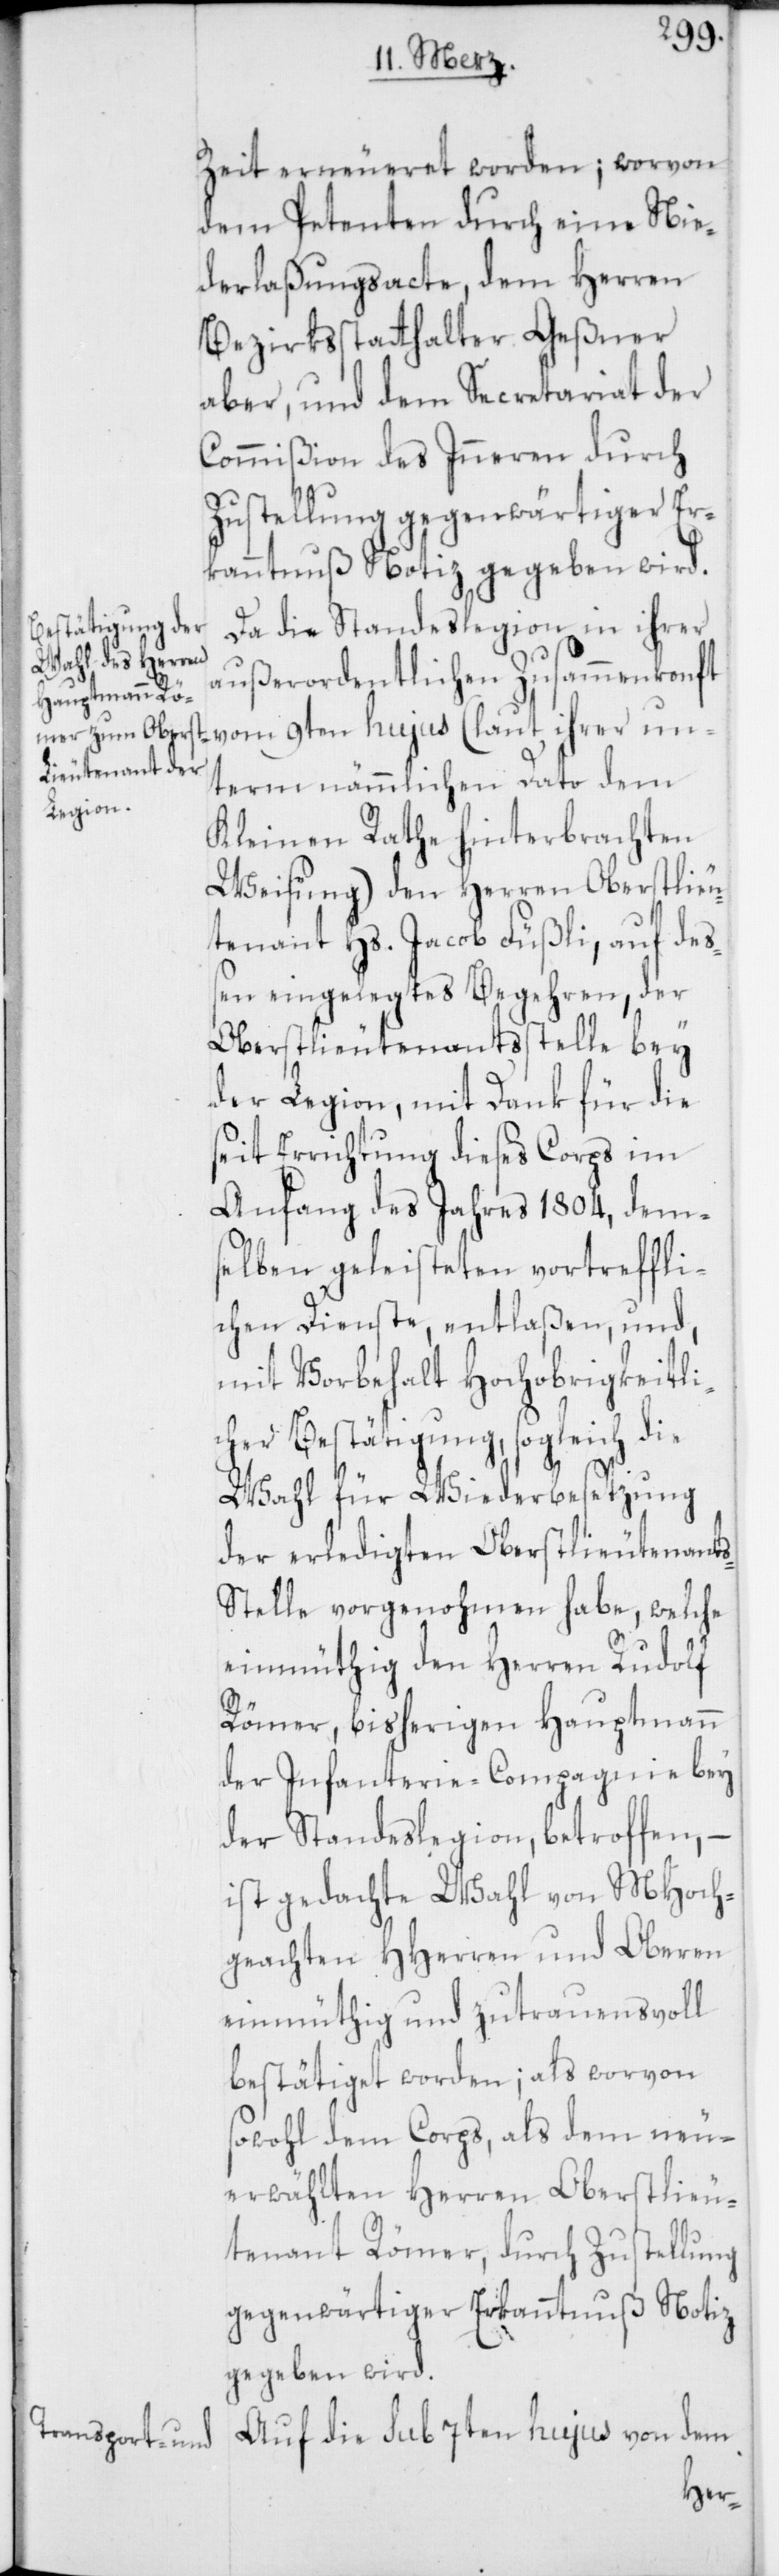
Zeit erneueret worden; worvon
dem Petenten durch eine Nie¬
derlaßungsacte, dem Herren
Bezirksstatthalter Geßner
aber, und dem Secretariat der
Commißion des Inneren durch
Zustellung gegenwärtiger Er¬
kanntnuß Notiz gegeben wird.
Da die Standeslegion in ihrer
außerordentlichen Zusammenkonft
vom 9ten hujus (laut ihrer un¬
term nämmlichen Dato dem
Kleinen Rathe hinterbrachten
Weisung) den Herren Oberstlieu¬
tenant Hs. Jacob Füßli, auf deß¬
en eingelegtes Begehren, der
Oberstlieutenantsstelle bey
der Legion, mit Dank für die
seit Errichtung dieses Corps im
Anfang des Jahres 1804, dem¬
selben geleisteten vortreffli¬
chen Dienste, entlaßen, und,
mit Vorbehalt Hochobrigkeitli¬
cher Bestätigung, sogleich die
Wahl für Wiederbesetzung
der erledigten Oberstlieutenant¬
s-Stelle vorgenohmen habe, welche
einmüthig den Herren Rudolf
Römer, bisherigen Hauptmann
der Infanterie-Compagnie bey
der Standeslegion, betroffen, –
ist gedachte Wahl von MHoch¬
geachten HHerren und Oberen
einmüthig und zutrauensvoll
bestätiget worden; als worvon
sowohl dem Corps, als dem neu¬
erwählten Herren Oberstlieu¬
tenant Römer, durch Zustellung
gegenwärtiger Erkanntnuß Notiz
gegeben wird.
Auf die sub 7ten hujus von dem